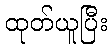
ထုတ်ယူပြီး